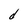
Character: d